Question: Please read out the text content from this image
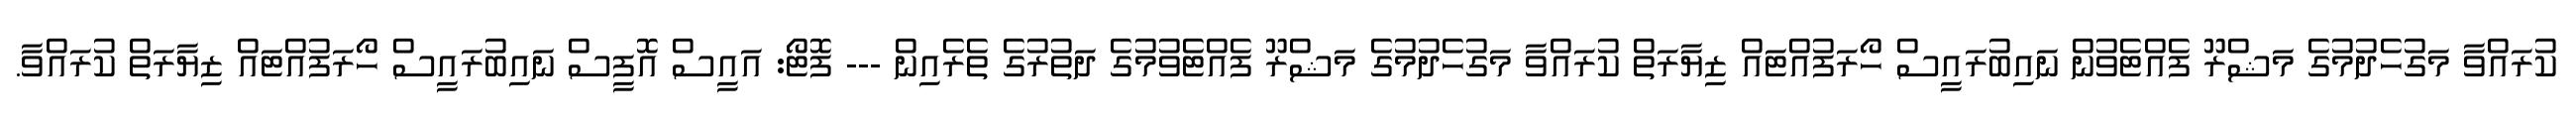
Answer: ކުރައްވާ މަގުހެދުމުގެ މަޝްރޫ ފެއްޓެވުން ނައިބުރައީސް ހޯރަފުއްޓައް ޒިޔާރަތް ކުރައްވާ މަގުހެދުމުގެ މަޝްރޫ ފެއްޓެވުމުގެ ދަތުރުގެ ތެރެއިން --- ފޮޓޯ: އައީސް އޮފީސް ނައިބުރައީސް ހޯރަފުއްޓައް ޒިޔާރަތް ކުރައްވާ.